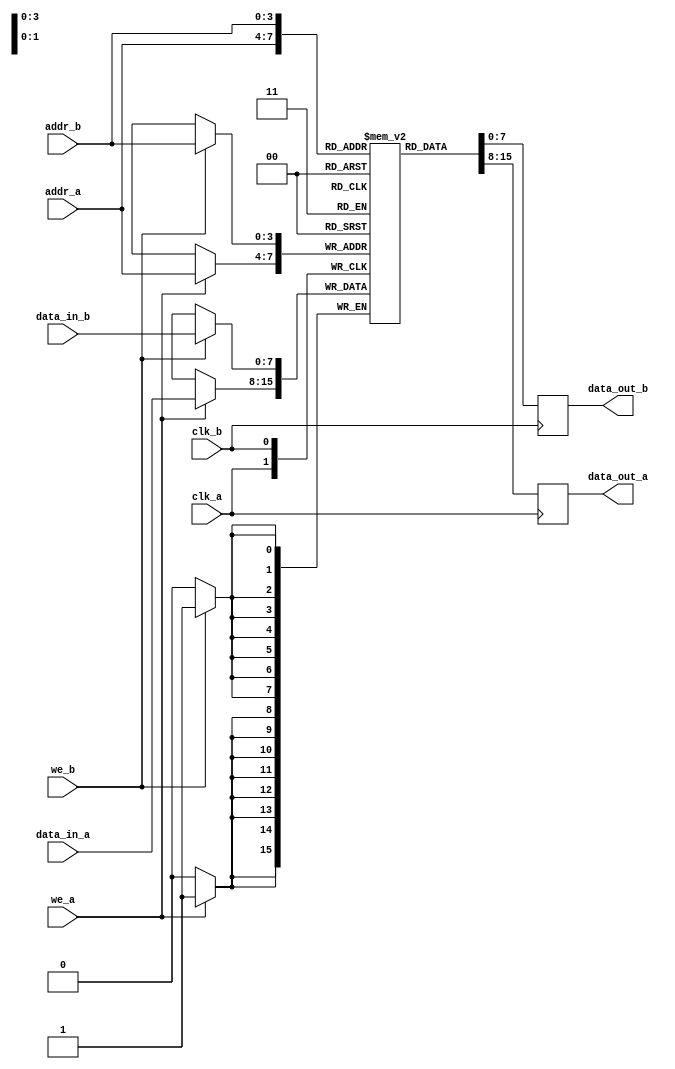
module dual_port_ram #(
    parameter DATA_WIDTH = 8,   // Number of bits for each data word
    parameter ADDR_WIDTH = 4    // Number of bits for addressing memory locations
) (
    // Port A
    input wire clk_a,
    input wire we_a,
    input wire [ADDR_WIDTH-1:0] addr_a,
    input wire [DATA_WIDTH-1:0] data_in_a,
    output reg [DATA_WIDTH-1:0] data_out_a,

    // Port B
    input wire clk_b,
    input wire we_b,
    input wire [ADDR_WIDTH-1:0] addr_b,
    input wire [DATA_WIDTH-1:0] data_in_b,
    output reg [DATA_WIDTH-1:0] data_out_b
);

    // Memory array declaration
    reg [DATA_WIDTH-1:0] ram [(2**ADDR_WIDTH)-1:0];

    // Port A operations
    always @(posedge clk_a) begin
        if (we_a) begin
            // Write operation on Port A
            ram[addr_a] <= data_in_a;
        end
        // Read operation on Port A
        data_out_a <= ram[addr_a];
    end

    // Port B operations
    always @(posedge clk_b) begin
        if (we_b) begin
            // Write operation on Port B
            ram[addr_b] <= data_in_b;
        end
        // Read operation on Port B
        data_out_b <= ram[addr_b];
    end

endmodule